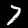
Digit: 7